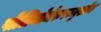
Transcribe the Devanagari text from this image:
पोलियोमेरुरज्जुशोथ